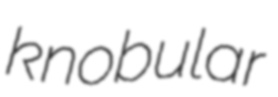
knobular